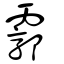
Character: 霩